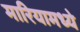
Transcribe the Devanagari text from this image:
मारियामध्ये